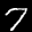
Label: 7